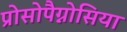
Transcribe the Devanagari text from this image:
प्रोसोपैग्नोसिया